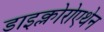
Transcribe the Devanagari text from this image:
डाइक्लोरोएथेन